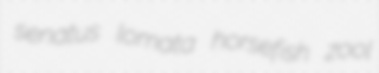
senatus lomata horsefish zool